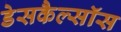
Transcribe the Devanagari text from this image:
डेसकैल्सॉस